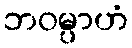
ဘဝမ္ပာဟံ